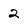
Character: 2